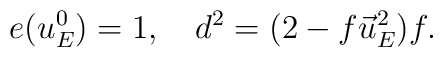
e(u^0_E)=1,\quad d^2=(2-f\vec u_E^2)f.